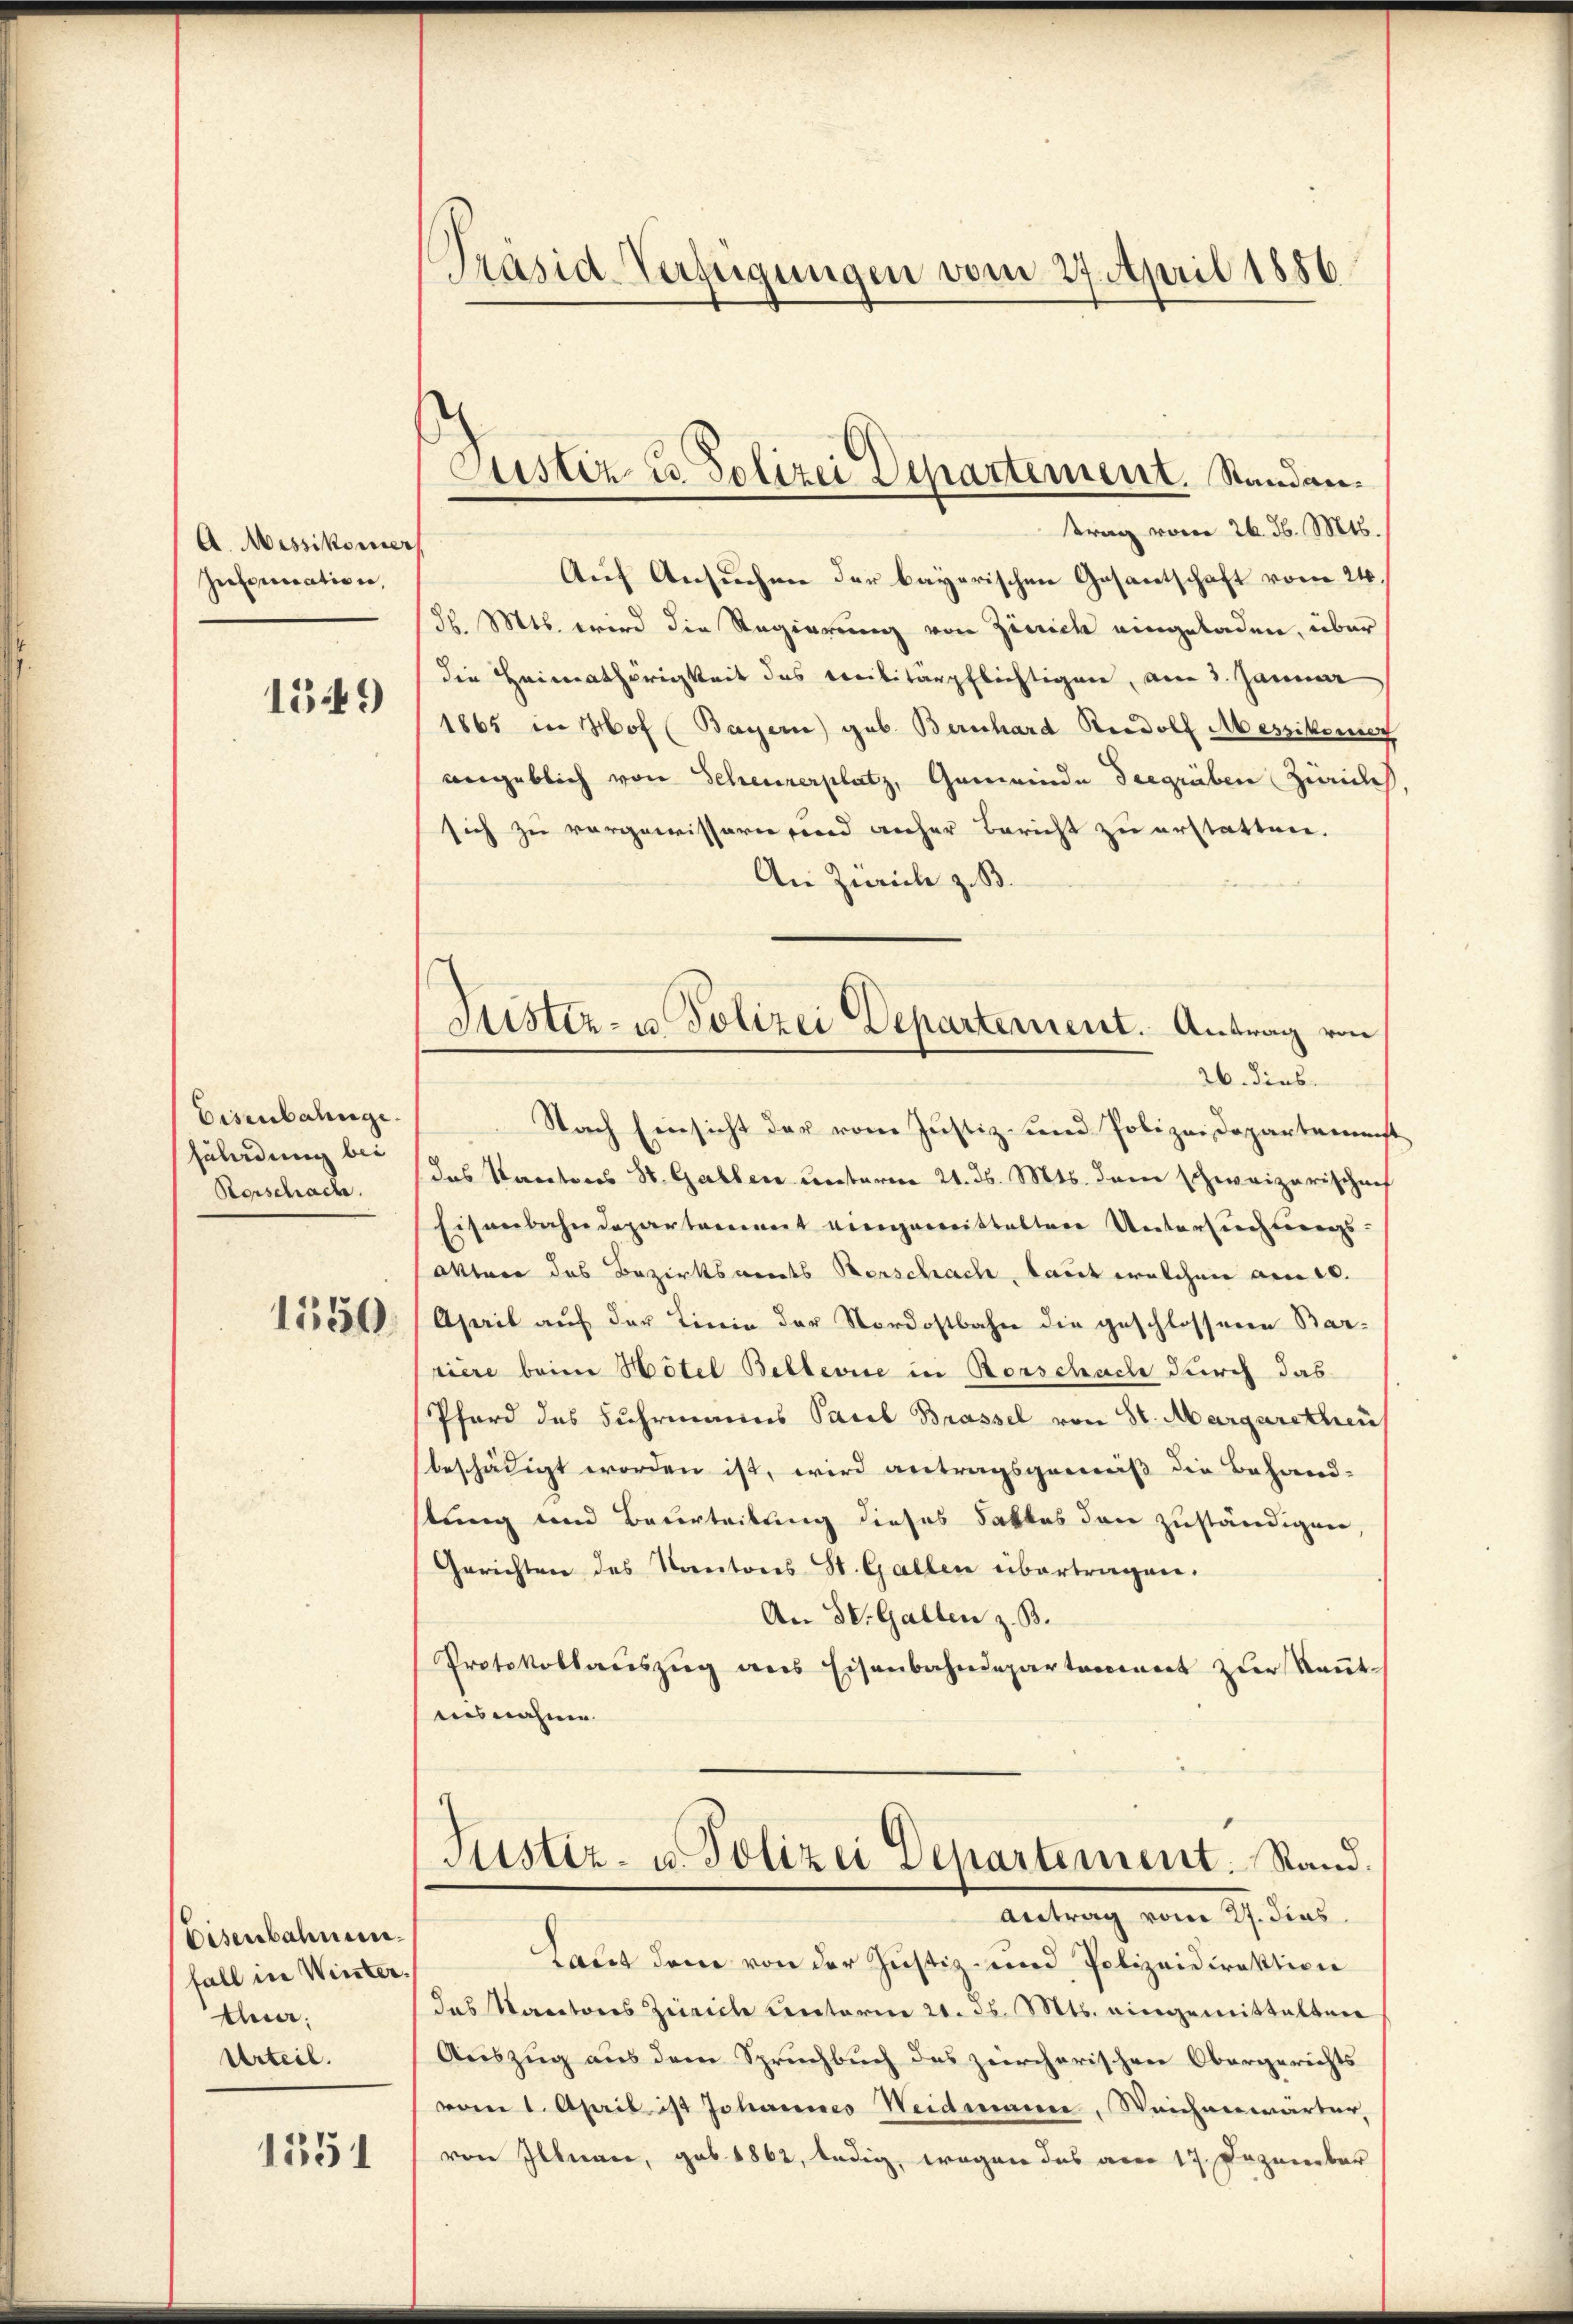
A. Messikomers
Insinuation,
1349)

Eisenbahnge
fährdung bei
Rorschache.
1550.

Eisenbahnunfall in Winter
tun.
Urteil.

1351

Präsid-Verfügungen vom 27. April 1856

Justiz u. Polizei Departement. Standantrag vom 26. d. Mts.

Justiz- u Polizei Departement. Antrag von
26. dies

Auf Ansuchen der bayerischen Gesantschaft vom 24.
d. Mts. wird die Regierung von Zinick eingeladen, über
die Heimathörigkeit des Militärpflichtigen, am 3. Januar
1865 in Hof (Bayern) geb. Bernhard Radolf Messikomen
angeblich von Scheurerplatz, Gemeinde Seegräben Zivile
sich zu vorgewissern sind anher Bericht zu erstatten.
An Zürich z. B.
Nach Einsicht der vom Justiz- und Polizeidepartemenst
das Kantons St. Gallen unterm 21. ds. Mts. dem schweizerischenf
Eisenbahndepartement eingewittelten Untersuchtungs-
Otten des Bezirksamts Verschach, kannt welchen am 10.
April auf der Linie der Nordostbahn die geschlossenen Barpiere beim Hôtel Bellevue in Rorschach durch das
Pferd des Fuhrmanns Paul Brassel von St. Margaretheil
beschädigt worden ist, wird antragsgemäß die Behand-
stung und Beurteilung dieses Faktes den zuständigen,
Gerichten des Kantons St. Gallen übertragen.
An St. Gallen z. B.
Protokollaŭszŭg ans Eisenbahndepartamiert zŭr Keṅt
ausnahme.
Justiz- u. Polizei Departement. Stand.
Antrag vom 27. dies
Laut dem von der Justiz- und Polizeidirektion
das Kantores Zürich unterm 20. d. Mts. eingemittalten
Auszug aus dem Spruchbuch des zürcherischen Obergerichts
vom 1. April ist Johannes Weidmann, Weichenwärter,
von Illnau, geb. 1862, ledig, wogen das aber 17. Dezember